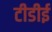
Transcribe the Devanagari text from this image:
टीडीई